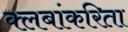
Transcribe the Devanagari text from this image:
क्लबांकरिता